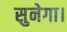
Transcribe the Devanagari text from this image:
सुनेगा।